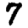
Digit: 7